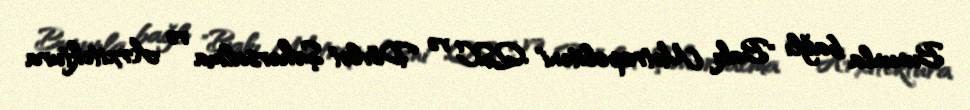
Bununla bağlı "Bakı Metropoliteni" QSC və Dövlət Şəhərsalma və Arxitektura